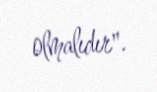
olmalıdır".